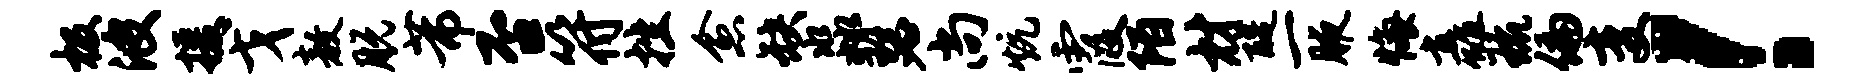
极波援戈敖脱芾否符挫愈缺淼瑟尚炕霞陌材醍一腋悔矗琉偏变！